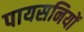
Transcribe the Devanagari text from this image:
पायसनियों